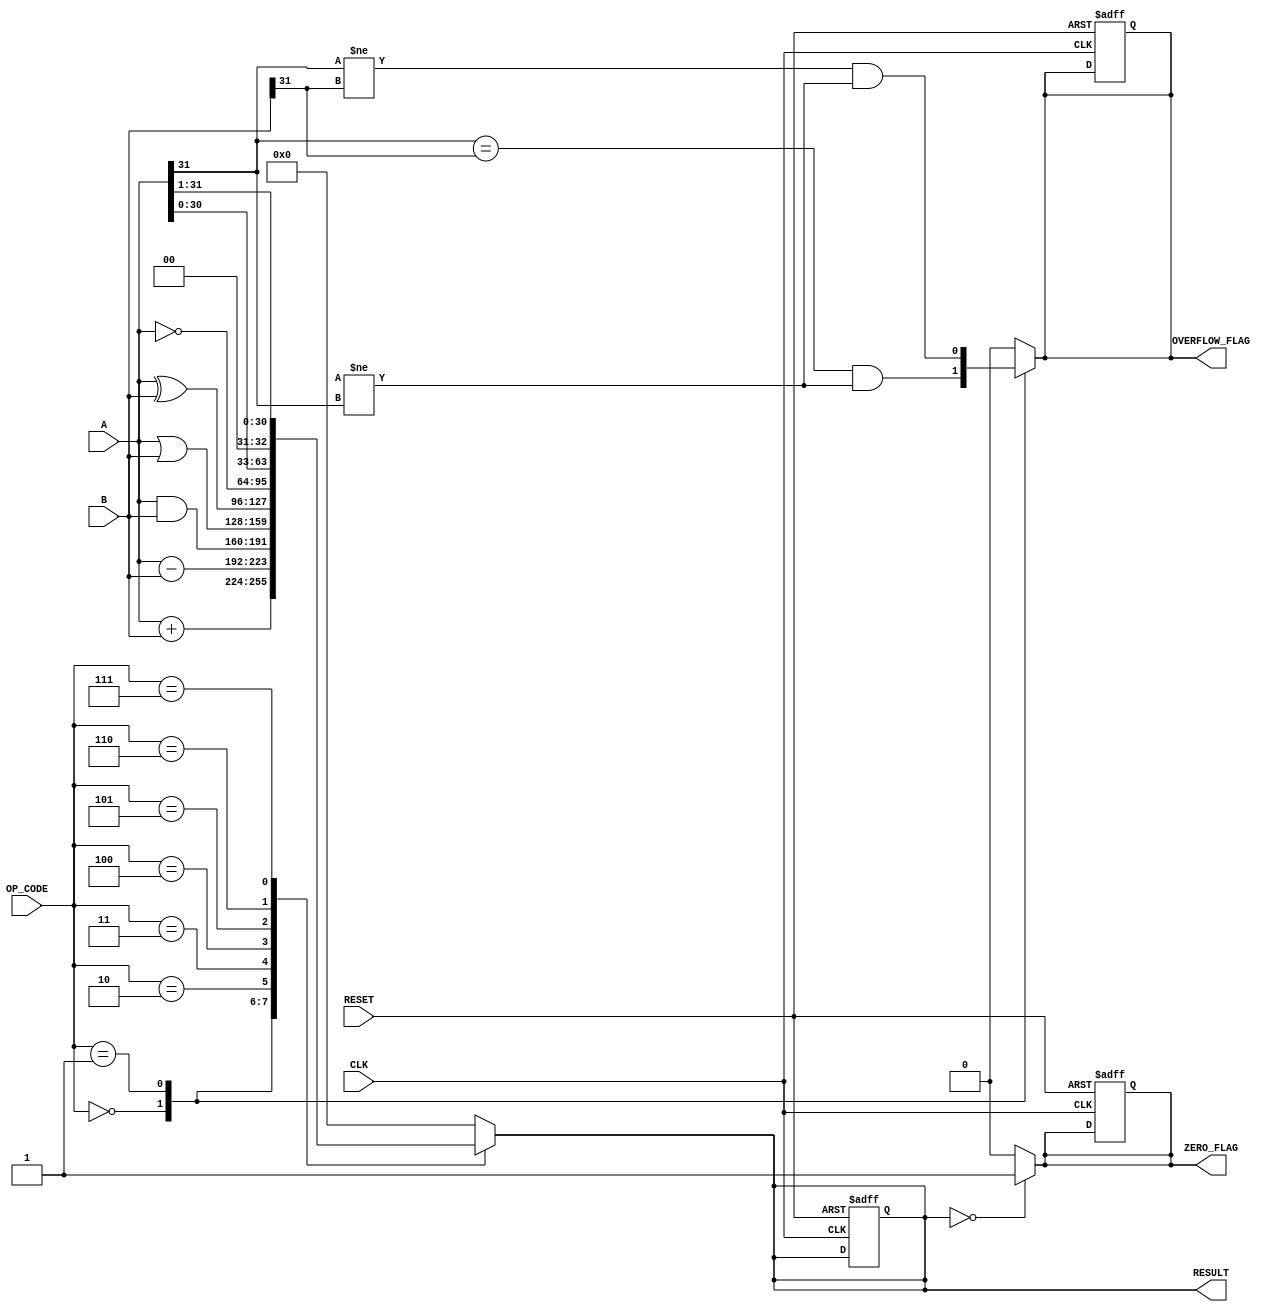
module ParameterizedALU #(
    parameter DATA_WIDTH = 32,        // Bit-width of the input/output data
    parameter OPERATION_MODE = 4       // Number of operations supported (control bits)
)(
    input  wire [DATA_WIDTH-1:0] A,           // First operand
    input  wire [DATA_WIDTH-1:0] B,           // Second operand
    input  wire [OPERATION_MODE-1:0] OP_CODE, // Operation code
    input  wire CLK,                          // Clock signal
    input  wire RESET,                        // Asynchronous reset signal
    output reg  [DATA_WIDTH-1:0] RESULT,     // Result of the operation
    output reg  ZERO_FLAG,                    // Zero flag
    output reg  OVERFLOW_FLAG                 // Overflow flag
);

    // Internal signals
    wire signed [DATA_WIDTH:0] signed_A;
    wire signed [DATA_WIDTH:0] signed_B;
    wire signed [DATA_WIDTH:0] signed_RESULT;

    // Assign signed versions for overflow detection
    assign signed_A = A;
    assign signed_B = B;

    // Combinational logic for ALU operations
    always @(*) begin
        case (OP_CODE)
            4'b0000: RESULT = A + B;                      // Addition
            4'b0001: RESULT = A - B;                      // Subtraction
            4'b0010: RESULT = A & B;                      // AND
            4'b0011: RESULT = A | B;                      // OR
            4'b0100: RESULT = A ^ B;                      // XOR
            4'b0101: RESULT = ~A;                         // NOT
            4'b0110: RESULT = A << 1;                    // Shift Left
            4'b0111: RESULT = A >> 1;                    // Shift Right
            default: RESULT = 0;                          // Default case
        endcase
    end

    // Calculate overflow: Only relevant for addition and subtraction
    always @(*) begin
        OVERFLOW_FLAG = 1'b0; // Default
        case (OP_CODE)
            4'b0000: OVERFLOW_FLAG = (signed_A[DATA_WIDTH-1] == signed_B[DATA_WIDTH-1]) && 
                                      (signed_RESULT[DATA_WIDTH-1] != signed_A[DATA_WIDTH-1]);
            4'b0001: OVERFLOW_FLAG = (signed_A[DATA_WIDTH-1] != signed_B[DATA_WIDTH-1]) && 
                                      (signed_RESULT[DATA_WIDTH-1] != signed_A[DATA_WIDTH-1]);
            default: OVERFLOW_FLAG = 1'b0; // No overflow for other operations
        endcase
    end

    // Zero flag logic
    always @(*) begin
        ZERO_FLAG = (RESULT == 0) ? 1'b1 : 1'b0;
    end

    // Sequential logic for registering the result on clock edge
    always @(posedge CLK or posedge RESET) begin
        if (RESET) begin
            RESULT <= 0;
            ZERO_FLAG <= 0;
            OVERFLOW_FLAG <= 0;
        end else begin
            RESULT <= RESULT; // Update result
            // Zero and overflow flags are updated combinationally
        end
    end

endmodule